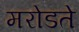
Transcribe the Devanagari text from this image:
मरोडते